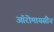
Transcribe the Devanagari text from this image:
ऑरोमायसीन